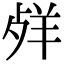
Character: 𦍲